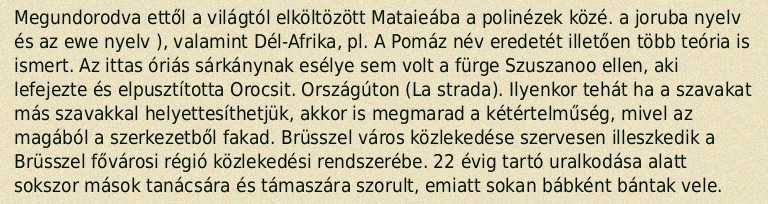
Megundorodva ettől a világtól elköltözött Mataieába a polinézek közé. a joruba nyelv és az ewe nyelv ), valamint Dél-Afrika, pl. A Pomáz név eredetét illetően több teória is ismert. Az ittas óriás sárkánynak esélye sem volt a fürge Szuszanoo ellen, aki lefejezte és elpusztította Orocsit. Országúton (La strada). Ilyenkor tehát ha a szavakat más szavakkal helyettesíthetjük, akkor is megmarad a kétértelműség, mivel az magából a szerkezetből fakad. Brüsszel város közlekedése szervesen illeszkedik a Brüsszel fővárosi régió közlekedési rendszerébe. 22 évig tartó uralkodása alatt sokszor mások tanácsára és támaszára szorult, emiatt sokan bábként bántak vele.